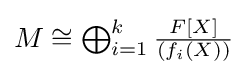
{\textstyle M\cong \bigoplus _{i=1}^{k}{\frac {F[X]}{(f_{i}(X))}}}